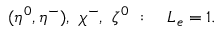
( \eta ^ { 0 } , \eta ^ { - } ) , ~ \chi ^ { - } , ~ \zeta ^ { 0 } ~ : ~ ~ ~ L _ { e } = 1 .